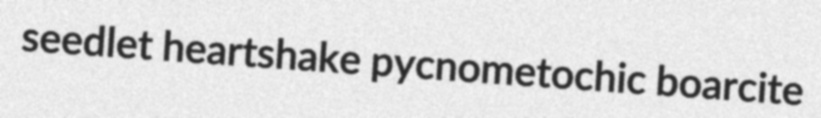
seedlet heartshake pycnometochic boarcite